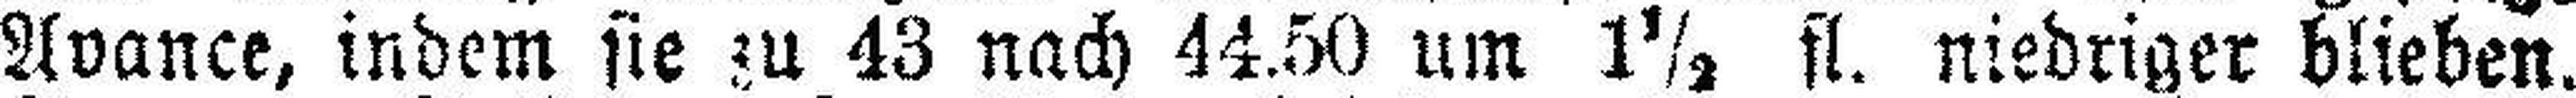
Avance, indem sie zu 43 nach 44.50 um 1½ fl. niedriger blieben.